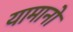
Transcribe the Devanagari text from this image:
यामानो